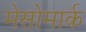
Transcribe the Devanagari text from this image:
मेसोमार्क